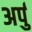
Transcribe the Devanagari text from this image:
अर्पु